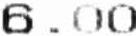
6.00